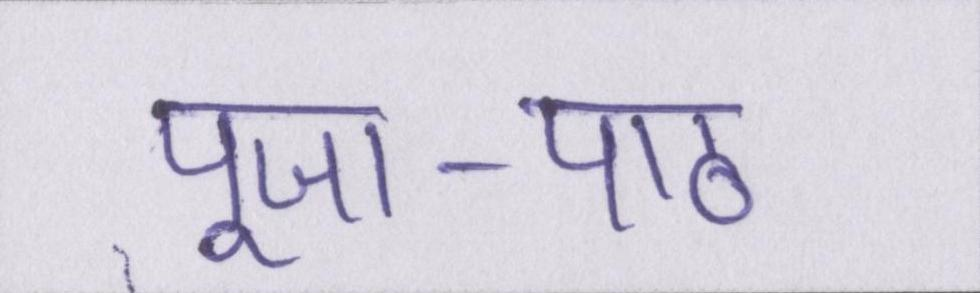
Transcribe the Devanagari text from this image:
पूजा-पाठ